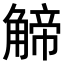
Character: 𧤍